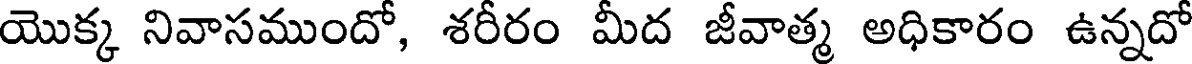
యొక్క నివాసముందో, శరీరం మీద జీవాత్మ అధికారం ఉన్నదో